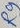
Text: R9